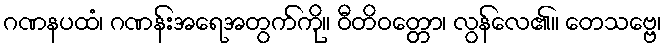
ဂဏနပထံ၊ ဂဏန်းအရေအတွက်ကို။ ဝီတိဝတ္တော၊ လွန်လေ၏။ တေသဗ္ဗေ၊